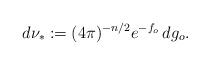
LaTeX: \begin{align*} d\nu_* := (4\pi)^{-n/2} e^{-f_o}\,dg_o.\end{align*}